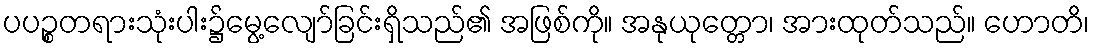
ပပဉ္စတရားသုံးပါး၌မွေ့လျော်ခြင်းရှိသည်၏ အဖြစ်ကို။ အနုယုတ္တော၊ အားထုတ်သည်။ ဟောတိ၊